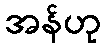
အန်ဟု